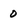
Character: 0